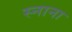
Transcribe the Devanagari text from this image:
स्नाना